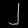
Digit: ၂